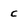
Character: c